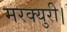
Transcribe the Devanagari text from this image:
मरक्युरी।